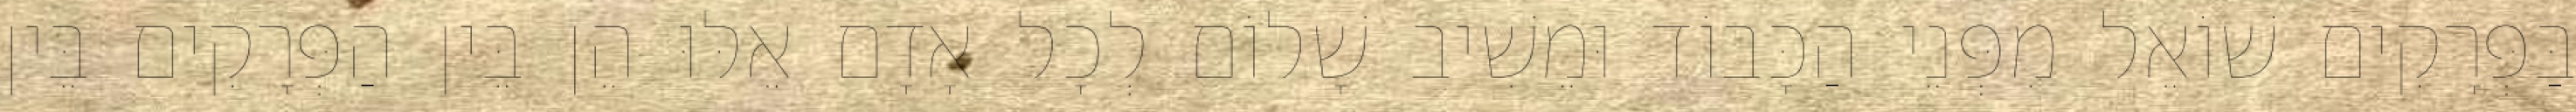
בַּפְּרָקִים שׁוֹאֵל מִפְּנֵי הַכָּבוֹד וּמֵשִׁיב שָׁלוֹם לְכָל אָדָם אֵלּוּ הֵן בֵּין הַפְּרָקִים בֵּין